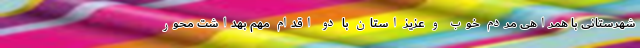
شهرستانی با همراهی مردم خوب و عزیز استان با دو اقدام مهم بهداشت محور